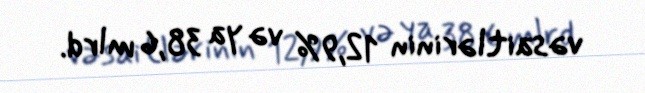
vəsaitlərinin 12,9% və ya 38,6 mlrd.